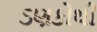
ડણકોથી